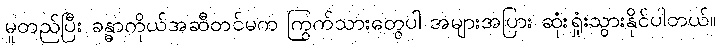
မူတည်ပြီး ခန္ဓာကိုယ်အဆီတင်မက ကြွက်သားတွေပါ အများအပြား ဆုံးရှုံးသွားနိုင်ပါတယ်။